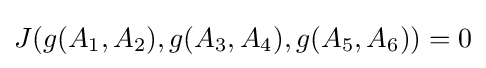
J(g(A_{1},A_{2}),g(A_{3},A_{4}),g(A_{5},A_{6}))=0